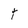
Character: t